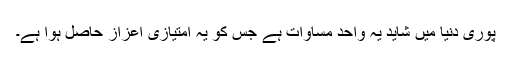
پوری دنیا میں شاید یہ واحد مساوات ہے جس کو یہ امتیازی اعزاز حاصل ہوا ہے۔